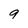
Character: 9